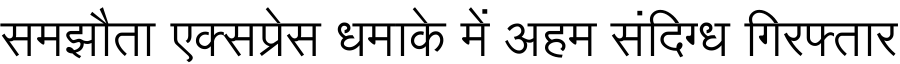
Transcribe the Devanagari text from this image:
समझौता एक्सप्रेस धमाके में अहम संदिग्ध गिरफ्तार